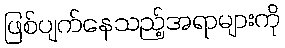
ဖြစ်ပျက်နေသည့်အရာများကို